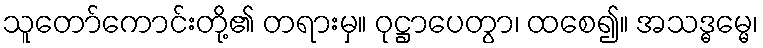
သူတော်ကောင်းတို့၏ တရားမှ။ ဝုဋ္ဌာပေတွာ၊ ထစေ၍။ အသဒ္ဓမ္မေ၊